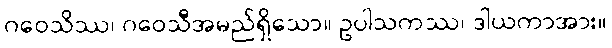
ဂဝေသိဿ၊ ဂဝေသီအမည်ရှိသော။ ဥပါသကဿ၊ ဒါယကာအား။